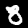
Label: 8